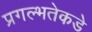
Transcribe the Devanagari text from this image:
प्रगल्‍भतेकडे